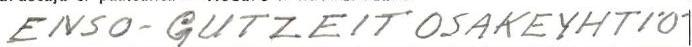
ENSO-GUTZEIT OSAKEYHTIÖ